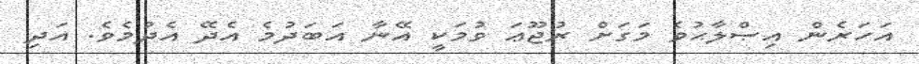
އަހަރެން އިޞްލާޙުވެ މަގަށް ރުޖޫޢަ ވުމަކީ އޭނާ އަބަދުމެ އެދޭ އެދުމެވެ. އަދި